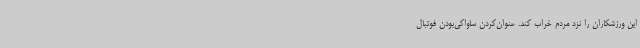
این ورزشکاران را نزد مردم خراب کند. عنوان‌کردن ساواکی‌بودن فوتبال